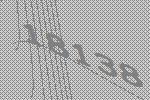
18138